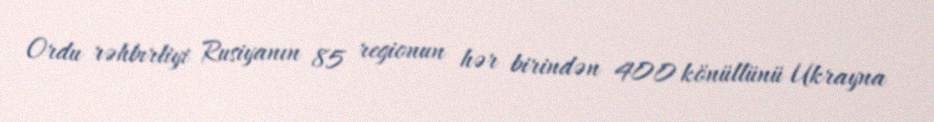
Ordu rəhbırliyi Rusiyanın 85 regionun hər birindən 400 könüllünü Ukrayna